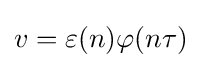
v=\varepsilon (n)\varphi (n\tau )